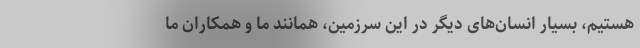
هستیم، بسیار انسان‌های دیگر در این سرزمین، همانند ما و همکاران ما